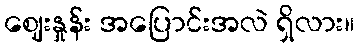
ဈေးနှုန်း အပြောင်းအလဲ ရှိလား။